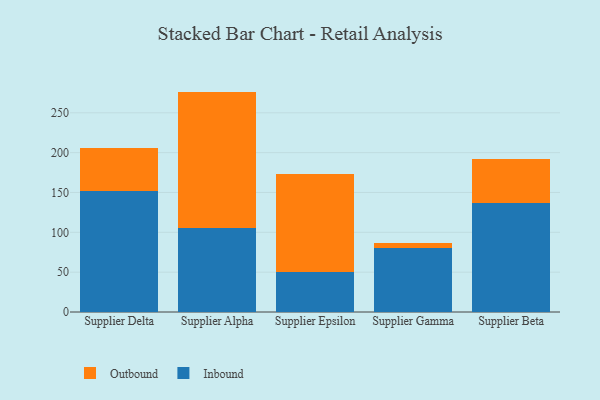
{"axis": {"x": "Supplier", "y": "Churn Rate (%)"}, "legend": ["Inbound", "Outbound"], "data": [{"x": "Supplier Delta", "y": 151.4, "type": "Inbound"}, {"x": "Supplier Delta", "y": 54.2, "type": "Outbound"}, {"x": "Supplier Alpha", "y": 104.8, "type": "Inbound"}, {"x": "Supplier Alpha", "y": 171.8, "type": "Outbound"}, {"x": "Supplier Epsilon", "y": 49.7, "type": "Inbound"}, {"x": "Supplier Epsilon", "y": 123.1, "type": "Outbound"}, {"x": "Supplier Gamma", "y": 79.9, "type": "Inbound"}, {"x": "Supplier Gamma", "y": 6.6, "type": "Outbound"}, {"x": "Supplier Beta", "y": 137.4, "type": "Inbound"}, {"x": "Supplier Beta", "y": 54.1, "type": "Outbound"}]}